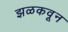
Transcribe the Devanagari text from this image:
झळकवून